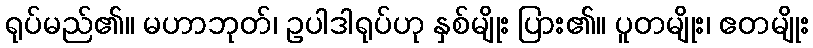
ရုပ်မည်၏။ မဟာဘုတ်၊ ဥပါဒါရုပ်ဟု နှစ်မျိုး ပြား၏။ ပူတမျိုး၊ ဧတမျိုး